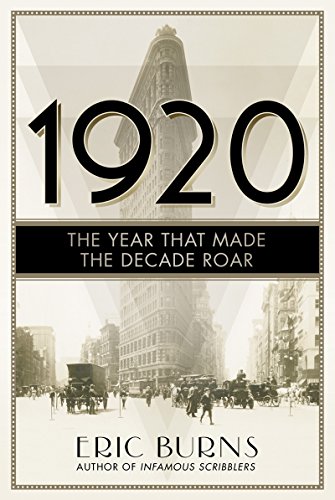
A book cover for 1920: The Year that Made the Decade Roar; Eric Burns; History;